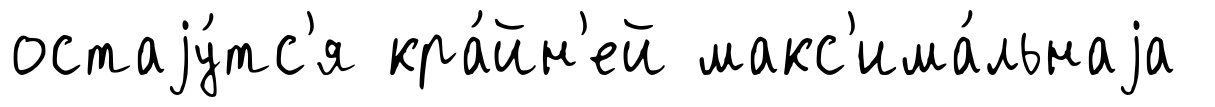
остаjу́тс'я кра́йн'ей макс'има́льнаjа